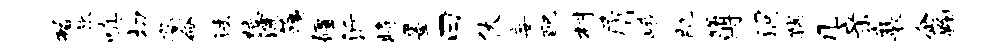
洵旅嗔切衢命法绝濡藕疆沂将墨曰伏妄配村屑峨肌簿洞孺几亲襄企鞠